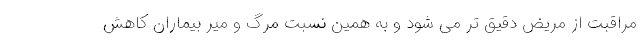
مراقبت از مریض دقیق تر می شود و به همین نسبت مرگ و میر بیماران کاهش